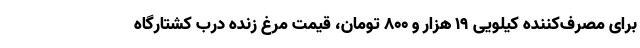
برای مصرف‌کننده کیلویی ۱۹ هزار و ۸۰۰ تومان، قیمت مرغ زنده درب کشتارگاه